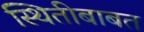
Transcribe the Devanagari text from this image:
स्थितीबाबत